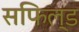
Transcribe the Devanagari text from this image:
सफिल्ड